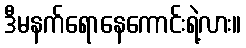
ဒီမနက်ရောနေကောင်းရဲ့လား။